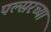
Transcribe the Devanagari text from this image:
पल्सरच्या